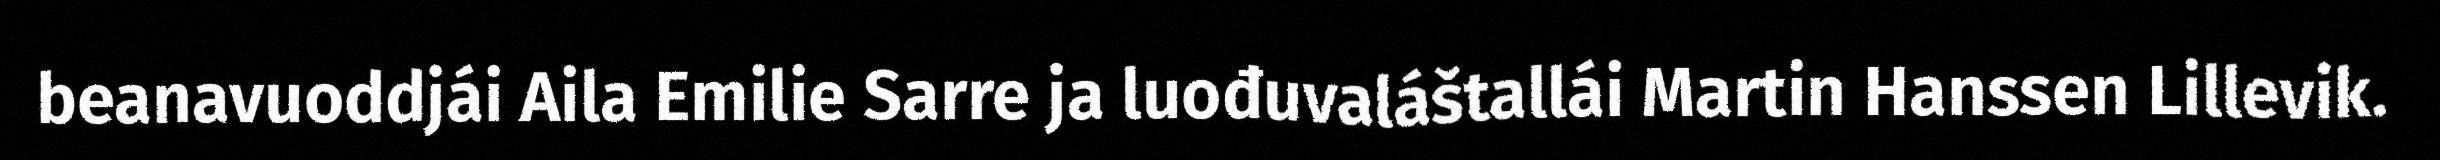
beanavuoddjái Aila Emilie Sarre ja luođuvaláštallái Martin Hanssen Lillevik.